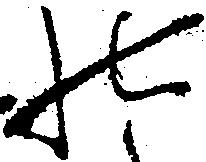
の